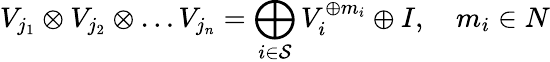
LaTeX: V_{j_{1}}\otimes V_{j_{2}}\otimes\ldots V_{j_{n}}=\bigoplus_{i\in{\cal S}}V_{i}^{\oplus m_{i}}\oplus I,\ \ \ \ m_{i}\in N